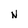
Character: N